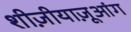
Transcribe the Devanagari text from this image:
शीज़ीयाज़ूआंग